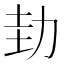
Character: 劸